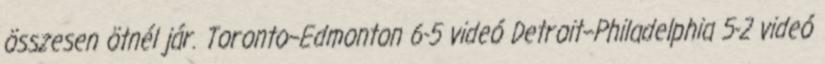
összesen ötnél jár. Toronto–Edmonton 6-5 videó Detroit–Philadelphia 5-2 videó